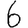
Digit: 6